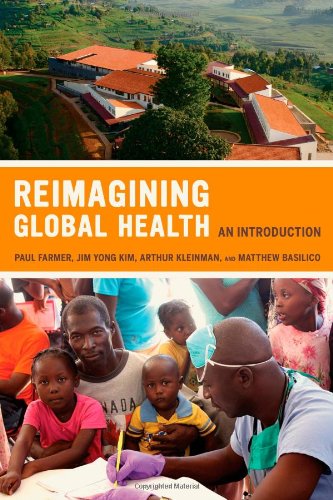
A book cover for Reimagining Global Health: An Introduction (California Series in Public Anthropology); Medical Books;